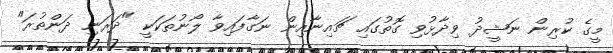
މީގެ ކުރިން ނަޝީދު ވިދާޅުވި ގޮތުގައި ޗައިނާއިން ނަގާފައިވާ ލޯނުތަކަކީ "ދަރަނި ދަންތުރަ"